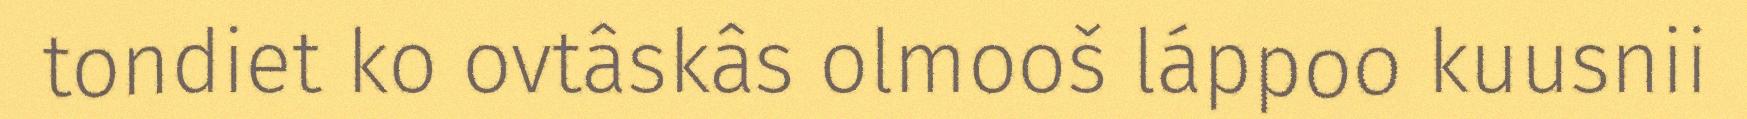
tondiet ko ovtâskâs olmooš láppoo kuusnii